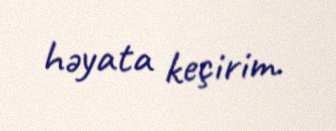
həyata keçirim.